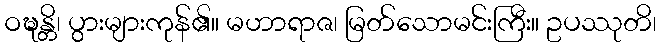
ဝဍ္ဎန္တိ၊ ပွားများကုန်၏။ မဟာရာဇ၊ မြတ်သောမင်းကြီး။ ဥပဿုတိ၊